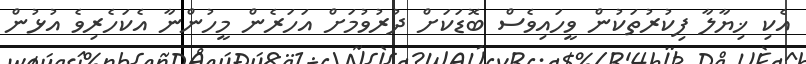
އެކި ޚިޔާލާ ފިކުރުތަކުން ވީހައިވެސް ބޮޑަކަށް ދުރުވުމަށް އަހަރެން މީހުންނާ އެކަހެރިވެ އުޅުން